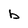
Character: b